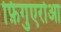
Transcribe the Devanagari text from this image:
फ़िगुएरोआ